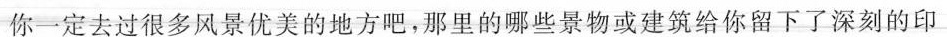
你一定去过很多风景优美的地方吧，那里的哪些景物或建筑给你留下了深刻的印